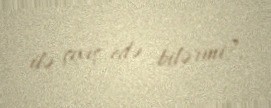
ilə çıxış edə bilərmi?.